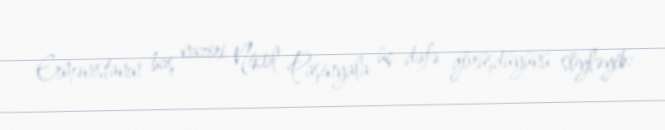
Ermənistanın baş naziri Nikol Paşinyala üç dəfə görüşdüyünü söyləyib: